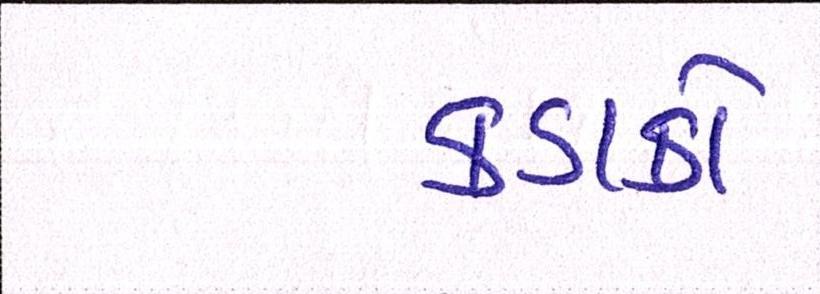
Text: કડાકો